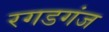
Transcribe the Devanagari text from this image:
रगडगंज